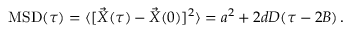
\operatorname { M S D } ( \tau ) = \langle [ \vec { X } ( \tau ) - \vec { X } ( 0 ) ] ^ { 2 } \rangle = a ^ { 2 } + 2 d D ( \tau - 2 B ) \, .